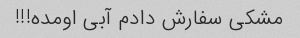
مشکی سفارش دادم آبی اومده!!!